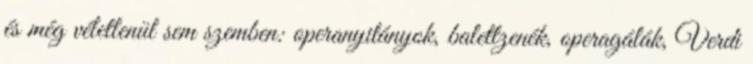
és még véletlenül sem szemben: operanyitányok, balettzenék, operagálák, Verdi